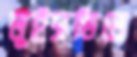
লুইসভিলে